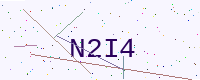
Text: N2I4